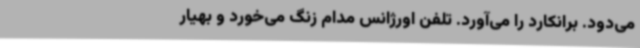
می‌دود. برانکارد را می‌آورد. تلفن اورژانس مدام زنگ می‌خورد و بهیار